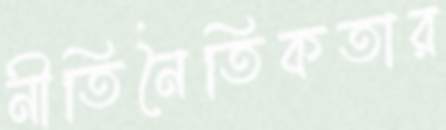
নীতিনৈতিকতার